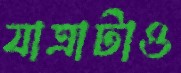
যাত্রাটাও